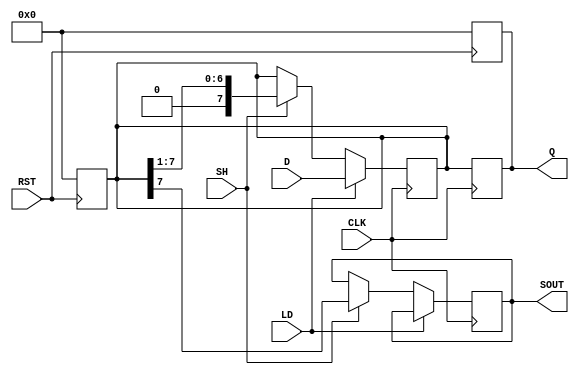
module PISO #(
    parameter SIZE = 8  // Define the size of the PISO register
)(
    input wire [SIZE-1:0] D,     // Parallel data inputs
    input wire LD,                // Load control signal
    input wire SH,                // Shift control signal
    input wire CLK,               // Clock signal
    input wire RST,               // Asynchronous reset signal
    output reg SOUT,              // Serial output
    output reg [SIZE-1:0] Q       // Shifted data output
);

    // Internal register to hold the current state of the shift register
    reg [SIZE-1:0] shift_reg;

    // Asynchronous reset
    always @(posedge RST) begin
        shift_reg <= {SIZE{1'b0}}; // Clear the register to 0
        Q <= {SIZE{1'b0}};          // Clear the output to 0
    end

    // Synchronous operations
    always @(posedge CLK) begin
        if (LD) begin
            // Load parallel data into the shift register
            shift_reg <= D;
        end
        else if (SH) begin
            // Shift the register contents
            SOUT <= shift_reg[SIZE-1]; // Output the MSB to SOUT
            shift_reg <= {1'b0, shift_reg[SIZE-1:1]}; // Shift right, fill with 0
        end
        // Update the output register Q
        Q <= shift_reg;
    end

endmodule